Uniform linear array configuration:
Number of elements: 32
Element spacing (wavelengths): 1
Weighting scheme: exponential
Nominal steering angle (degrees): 0
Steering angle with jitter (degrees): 0.03414
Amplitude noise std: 0.05
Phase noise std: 0.05

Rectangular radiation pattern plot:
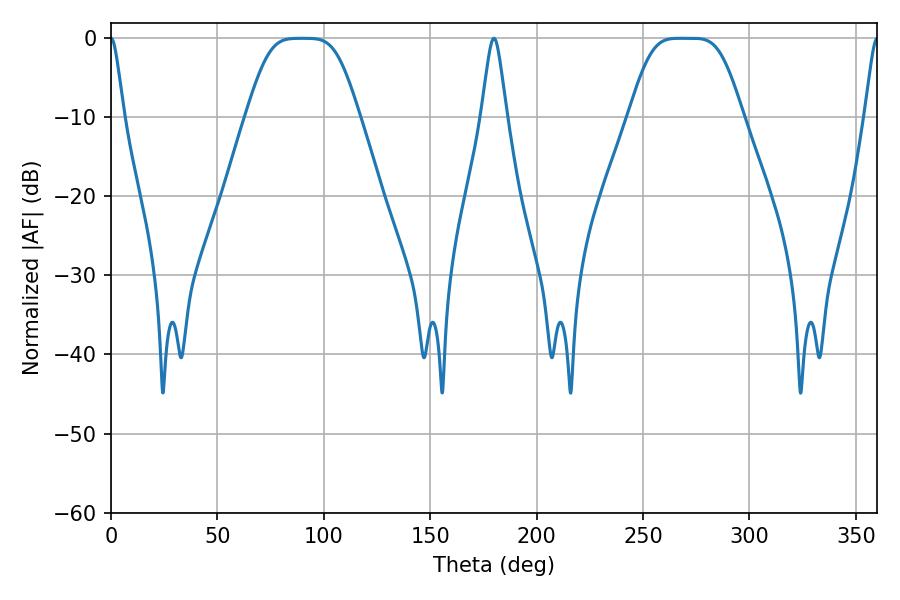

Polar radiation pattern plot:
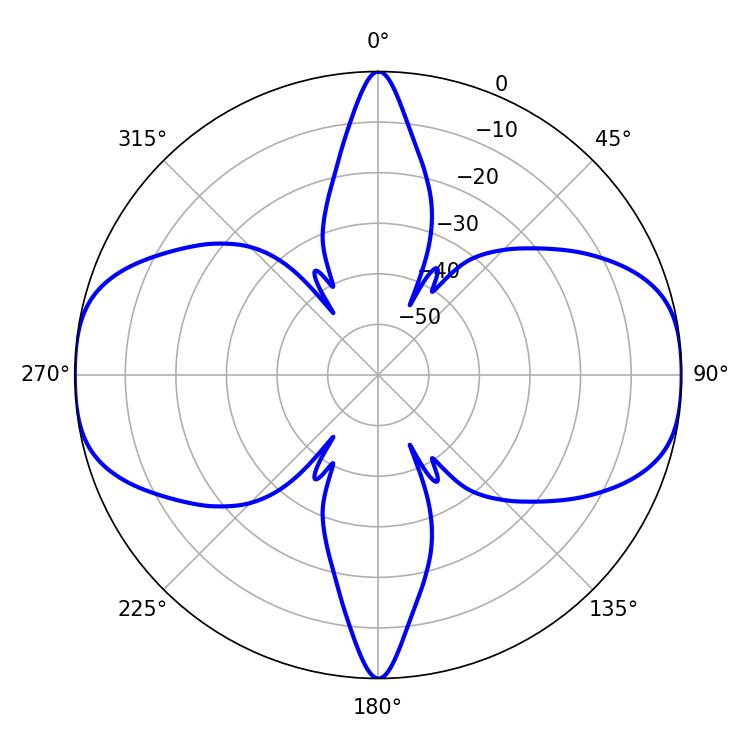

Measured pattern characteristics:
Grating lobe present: TRUE
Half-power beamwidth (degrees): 36.72
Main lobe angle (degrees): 267.3